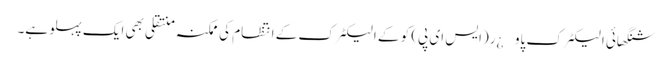
شنگھائی الیکٹرک پاو¿ر(ایس ای پی) کو کے الیکٹرک کے انتظام کی ممکنہ منتقلی بھی ایک پہلو ہے۔